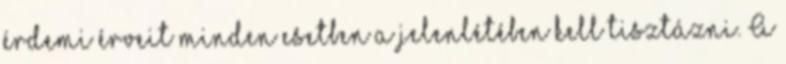
érdemi érveit minden esetben a jelenlétében kell tisztázni. A